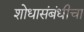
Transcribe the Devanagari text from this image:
शोधासंबंधीचा